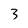
Character: 3